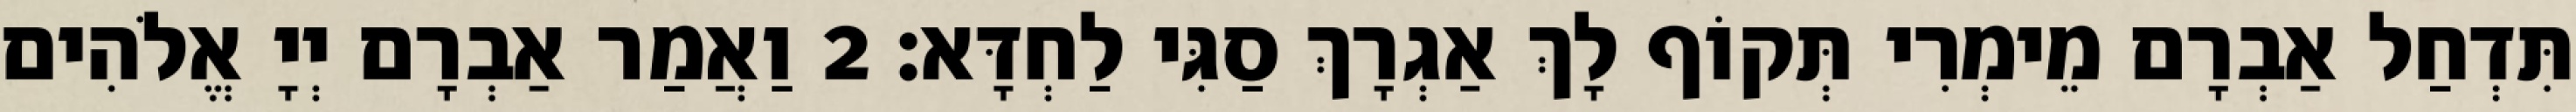
תִּדְחַל אַבְרָם מֵימְרִי תְּקוֹף לָךְ אַגְרָךְ סַגִּי לַחְדָּא׃ 2 וַאֲמַר אַבְרָם יְיָ אֱלֹהִים